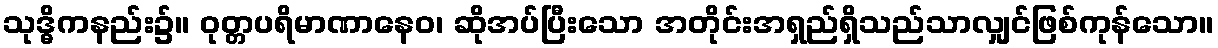
သုဒ္ဓိကနည်း၌။ ဝုတ္တပရိမာဏာနေဝ၊ ဆိုအပ်ပြီးသော အတိုင်းအရှည်ရှိသည်သာလျှင်ဖြစ်ကုန်သော။